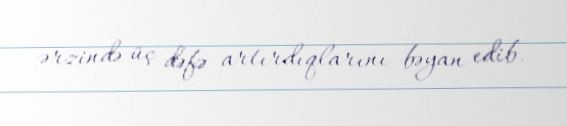
ərzində üç dəfə artırdıqlarını bəyan edib.